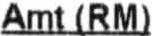
AMT (RM)